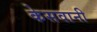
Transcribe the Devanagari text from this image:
केसवानी